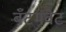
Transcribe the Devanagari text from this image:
बँटमवेट